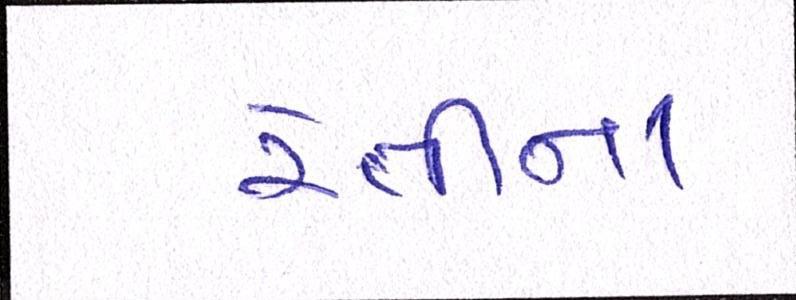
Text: રેતીના